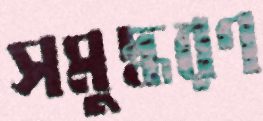
সমুদ্ধরণ